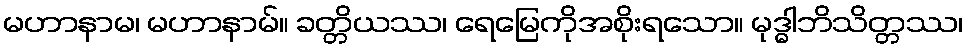
မဟာနာမ၊ မဟာနာမ်။ ခတ္တိယဿ၊ ရေမြေကိုအစိုးရသော။ မုဒ္ဓါဘိသိတ္တဿ၊